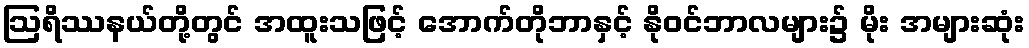
ဩရိဿနယ်တို့တွင် အထူးသဖြင့် အောက်တိုဘာနှင့် နိုဝင်ဘာလများ၌ မိုး အများဆုံး